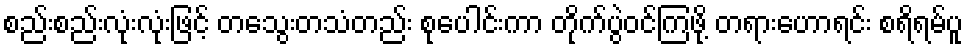
စည်းစည်းလုံးလုံးဖြင့် တသွေးတသံတည်း စုပေါင်းကာ တိုက်ပွဲဝင်ကြဖို့ တရားဟောရင်း စရိရမ်ပူ